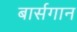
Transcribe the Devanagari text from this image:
बार्सगान